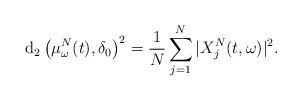
LaTeX: \begin{align*}\mathrm{d}_{2}\left(\mu^{N}_{\omega}(t),\delta_{0}\right)^{2} = \frac{1}{N}\sum_{j=1}^{N}|X^{N}_{j}(t,\omega)|^{2}.\end{align*}